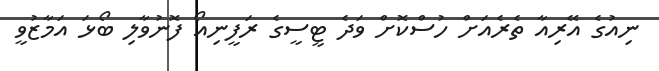
ނިއުގެ އޭރިއާ ތެރެއަށް ހުސްކޮށް ވަދެ ޓީސީގެ ރަފީނިއޯ ފޮނުވާލި ބޯޅަ އަމާޒުވީ